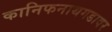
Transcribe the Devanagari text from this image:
कानिफनाथगडावर